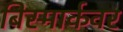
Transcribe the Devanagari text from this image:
बिस्मार्कवर